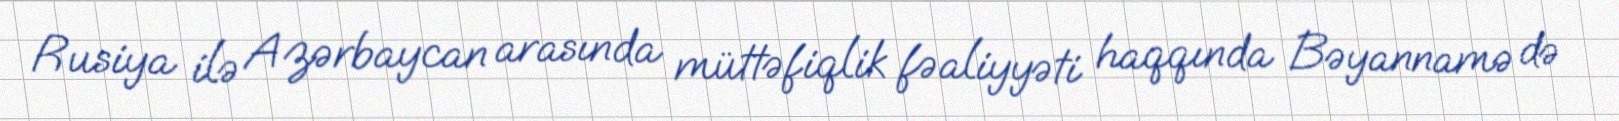
Rusiya ilə Azərbaycan arasında müttəfiqlik fəaliyyəti haqqında Bəyannamə də